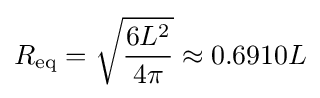
R_{\text{eq}}={\sqrt {\frac {6L^{2}}{4\pi }}}\approx 0.6910L